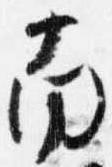
南